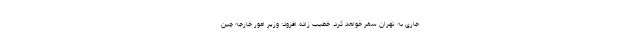
جاری به تهران سفر خواهد کرد. خطیب زاده افزود: وزیر امور خارجه چین